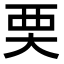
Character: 䙲